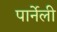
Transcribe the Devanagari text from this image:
पार्नेली